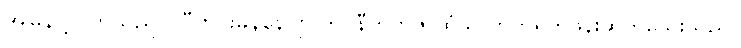
အမြန်ပို့လိုက်သည။် လီဗာပူးမန်နေဂျာ ဘင်နီတက်ဇ် ထံသို့ တိုက်ရိုက်ဖုန်းဆက်သေးသည်။